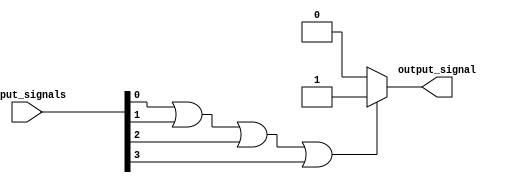
module or_gate (
    input [3:0] input_signals,
    output reg output_signal
);

always @(*) begin
    if (input_signals[0] | input_signals[1] | input_signals[2] | input_signals[3] == 1'b1)
        output_signal = 1'b1;
    else
        output_signal = 1'b0;
end

endmodule